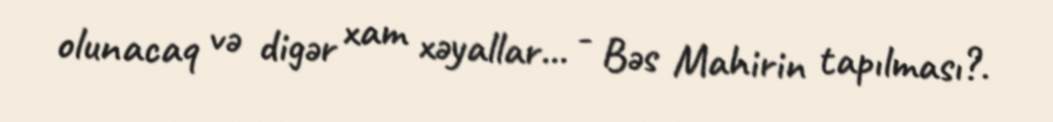
olunacaq və digər xam xəyallar... - Bəs Mahirin tapılması?.